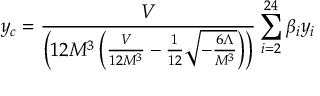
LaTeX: y _ { c } = \frac { V } { \left( 1 2 M ^ { 3 } \left( \frac { V } { 1 2 M ^ { 3 } } - \frac { 1 } { 1 2 } \sqrt { - \frac { 6 \Lambda } { M ^ { 3 } } } \right) \right) } \sum _ { i = 2 } ^ { 2 4 } \beta _ { i } y _ { i }